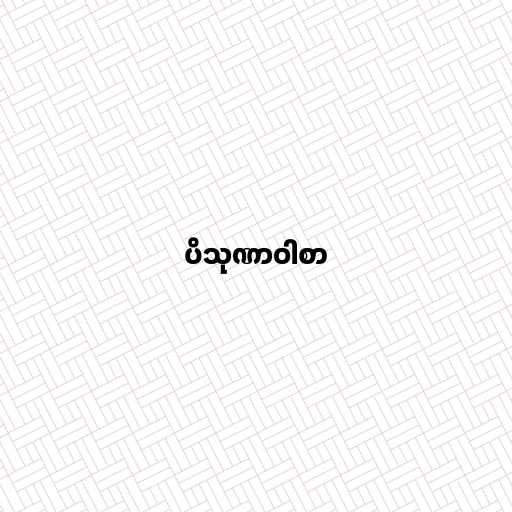
ပိသုဏာဝါစာ